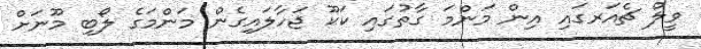
ވީލް ޗެއަރގައި އިން މަންމަ ގާތުގައި ކަކޫ ޖަހާލައިގެން މަންމަގެ ލޯބި މޫނަށް